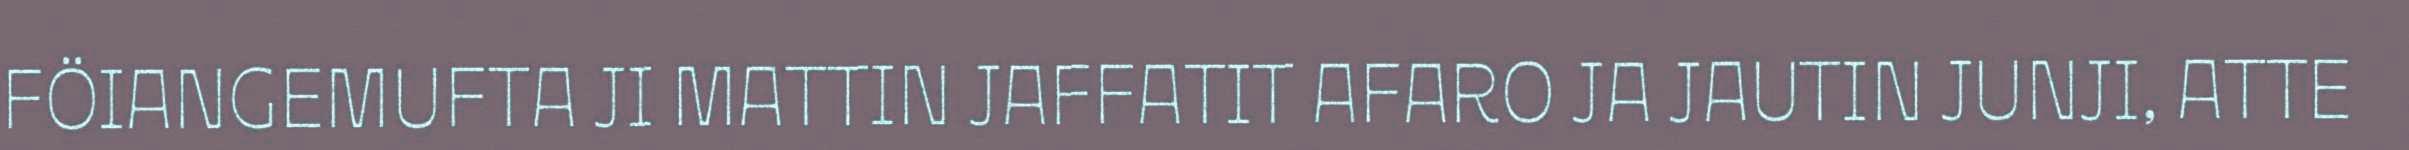
FÖIANGEMUFTA JI MATTIN JAFFATIT AFARO JA JAUTIN JUNJI, ATTE